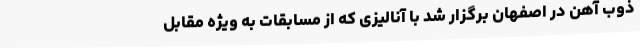
ذوب آهن در اصفهان برگزار شد با آنالیزی که از مسابقات به ویژه مقابل